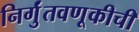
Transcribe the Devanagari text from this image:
निर्गुंतवणूकीची